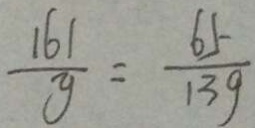
\frac { 1 6 1 } { y } = \frac { 6 5 } { 1 3 9 }